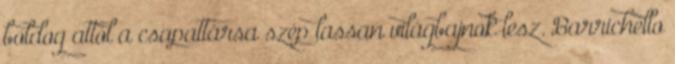
boldog attól a csapattársa szép lassan világbajnok lesz. Barrichello